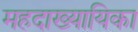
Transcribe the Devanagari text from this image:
महदाख्यायिका